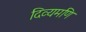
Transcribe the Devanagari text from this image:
दिव्यमणि